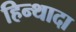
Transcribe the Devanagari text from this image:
हिन्थादा